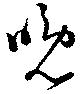
晩